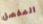
المفصل